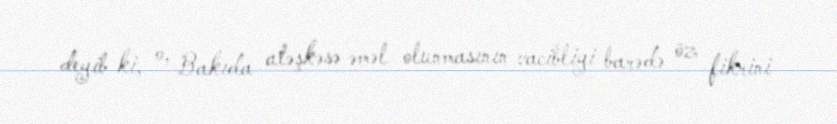
deyib ki, o, Bakıda atəşkəsə əməl olunmasının vacibliyi barədə öz fikrini